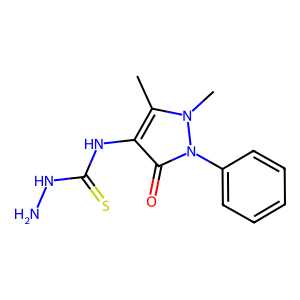
SMILES: Cc1c(NC(=S)NN)c(=O)n(-c2ccccc2)n1C
Inhibits HIV replication: No